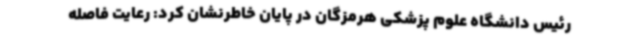
رئیس دانشگاه علوم پزشکی هرمزگان در پایان خاطرنشان کرد: رعایت فاصله